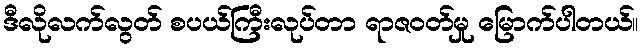
ဒီလိုလက်လွတ် စပယ်ကြီးလုပ်တာ ရာဇဝတ်မှု မြောက်ပါတယ်။